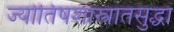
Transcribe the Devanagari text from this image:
ज्योतिषशास्त्रातसुद्धा